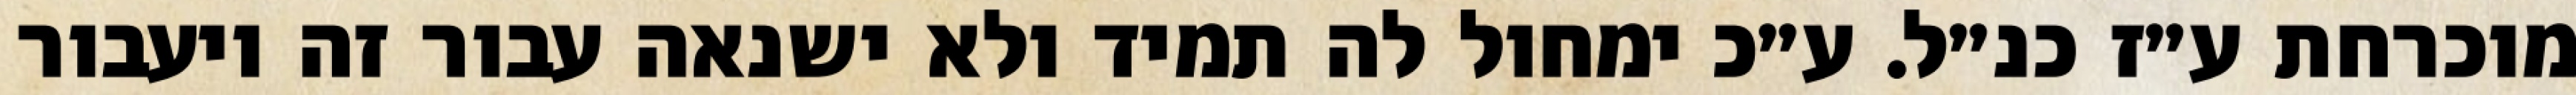
מוכרחת ע״ז כנ״ל. ע״כ ימחול לה תמיד ולא ישנאה עבור זה ויעבור